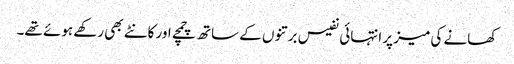
کھانے کی میز پر انتہائی نفیس برتنوں کے ساتھ چمچے اور کانٹے بھی رکھے ہوئے تھے۔